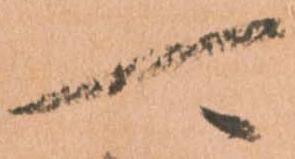
可